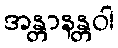
အန္တာနန္တဝါ